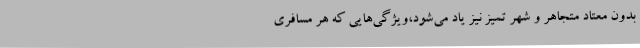
بدون معتاد متجاهر و شهر تمیز نیز یاد می‌شود،ویژگی‌هایی که هر مسافری